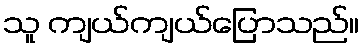
သူ ကျယ်ကျယ်ပြောသည်။